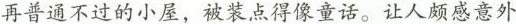
再普通不过的小屋，被装点得像童话，让人颇感意外